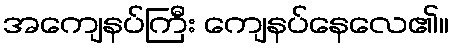
အကျေနပ်ကြီး ကျေနပ်နေလေ၏။